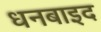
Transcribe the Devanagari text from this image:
धनबाइद